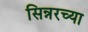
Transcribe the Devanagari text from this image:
सिन्नरच्या